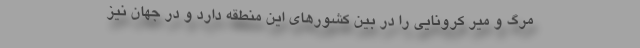
مرگ و میر کرونایی را در بین کشورهای این منطقه دارد و در جهان نیز